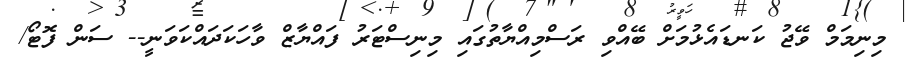
މިނިމަމް ވޭޖު ކަނޑައެޅުމަށް ބޭއްވި ރަސްމިއްޔާތުގައި މިނިސްޓަރު ފައްޔާޒް ވާހަކަދައްކަވަނީ-- ސަން ފޮޓޯ/